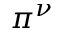
\pi ^ { \nu }